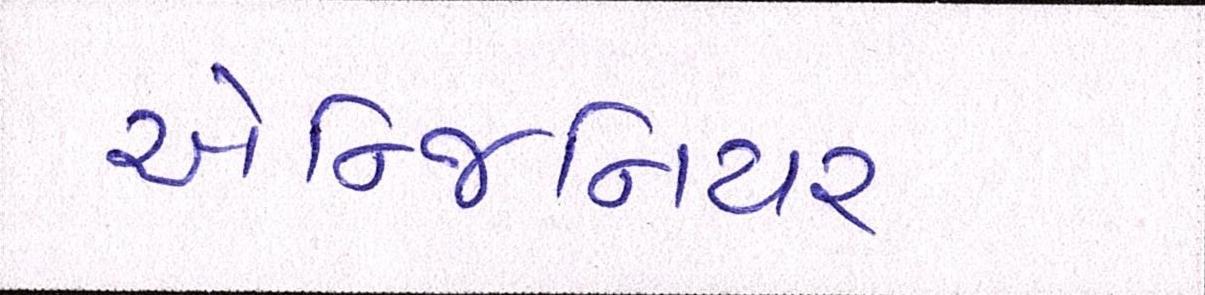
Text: એન્જિનિયર